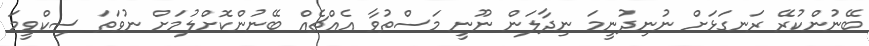
ބޭނުންކުރޭ ރަނގަޅަށް ނުނިދުނީމަ ނިދާލަަން ނޫނީ މަސްތުވާ އެއްޗެއް ބޭނުންކޮށްލުމަށް ނުވަތަ ސިކްވީމަ